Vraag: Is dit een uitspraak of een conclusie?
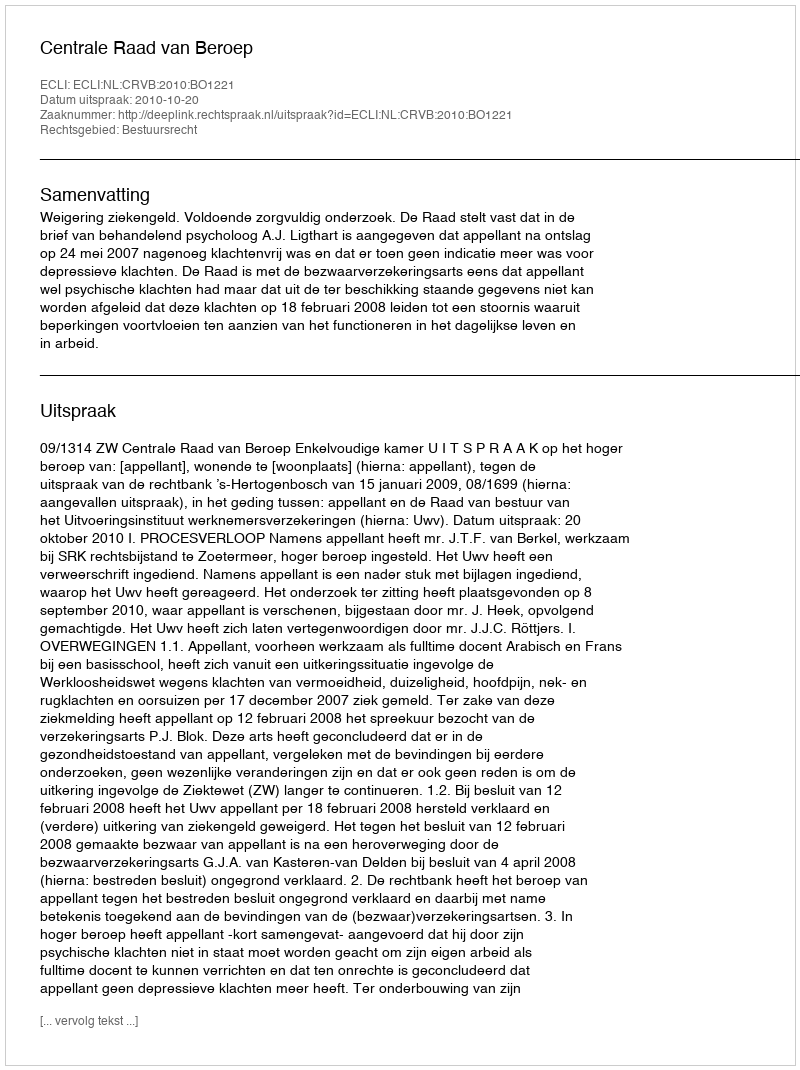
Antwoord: Uitspraak